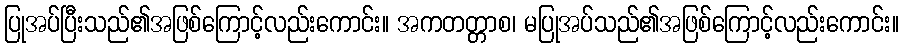
ပြုအပ်ပြီးသည်၏အဖြစ်ကြောင့်လည်းကောင်း။ အကတတ္တာစ၊ မပြုအပ်သည်၏အဖြစ်ကြောင့်လည်းကောင်း။